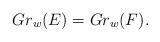
LaTeX: \begin{align*}Gr_w(E) = Gr_w(F).\end{align*}